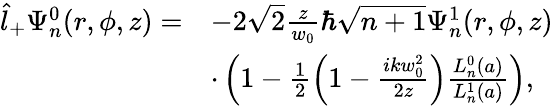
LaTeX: \begin{array}{rl}{\hat{l}_{+}\Psi_{n}^{0}(r,\phi,z)=}&{-2\sqrt{2}\frac{z}{w_{0}}\hbar\sqrt{n+1}\Psi_{n}^{1}(r,\phi,z)}\\ &{\cdot\left(1-\frac{1}{2}\left(1-\frac{ikw_{0}^{2}}{2z}\right)\frac{L_{n}^{0}(a)}{L_{n}^{1}(a)}\right),}\end{array}